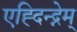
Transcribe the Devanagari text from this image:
एह्दिन्द्नेम्